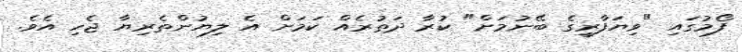
ފޯމުގައި "ވިޔަފާރީގެ ބޭނުމަށް" ކުރާ ދަތުރެއް ކަމަށް އެ ލިޔުންތެރިޔާ ޖެހި އެވެ.